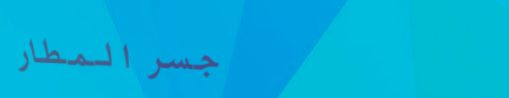
جسر المطار